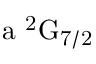
\mathrm { a \ ^ { 2 } G _ { 7 / 2 } }